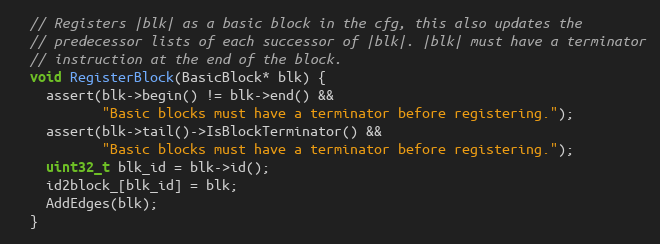
Language: C
  // Registers |blk| as a basic block in the cfg, this also updates the
  // predecessor lists of each successor of |blk|. |blk| must have a terminator
  // instruction at the end of the block.
  void RegisterBlock(BasicBlock* blk) {
    assert(blk->begin() != blk->end() &&
           "Basic blocks must have a terminator before registering.");
    assert(blk->tail()->IsBlockTerminator() &&
           "Basic blocks must have a terminator before registering.");
    uint32_t blk_id = blk->id();
    id2block_[blk_id] = blk;
    AddEdges(blk);
  }